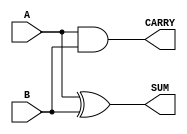
module HalfAdder
#(
    parameter BIT_WIDTH = 1 // Parameter to define the bit width (default is 1 for a single-bit half-adder)
)
(
    input  [BIT_WIDTH-1:0] A, // Input A
    input  [BIT_WIDTH-1:0] B, // Input B
    output [BIT_WIDTH-1:0] SUM, // Output SUM
    output [BIT_WIDTH-1:0] CARRY // Output CARRY
);
    
    // Logic for SUM and CARRY
    assign SUM = A ^ B;   // SUM is the XOR of A and B
    assign CARRY = A & B; // CARRY is the AND of A and B

endmodule